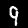
Digit: 9